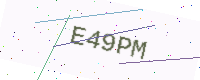
Text: E49PM